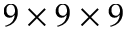
9 \times 9 \times 9